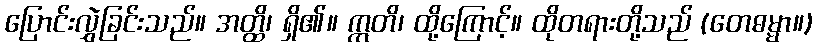
ပြောင်းလွှဲခြင်းသည်။ အတ္ထိ၊ ရှိ၏။ ဣတိ၊ ထို့ကြောင့်။ ထိုတရားတို့သည် (တေဓမ္မာ။)